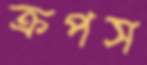
ক্রপস